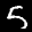
Label: 5